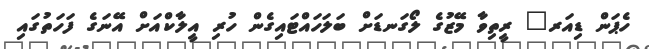
ހެޕަން ޑިއަރ" ރީތިވާ މޭޒުގެ ލޯގަނޑަށް ބަލަހައްޓައިގެން ހުރި އީލާކްއަށް އޭނަގެ ފަހަތުގައި